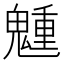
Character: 𩴂